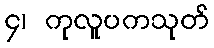
၄၊ ကုလူပကသုတ်